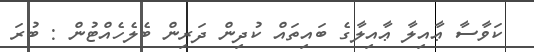
ކަވާސާ ޢާއިލާ ޢާއިލާގެ ބައިތައް ކުދިން ދަރިން ބެލެހެއްޓުން : ބުރަ